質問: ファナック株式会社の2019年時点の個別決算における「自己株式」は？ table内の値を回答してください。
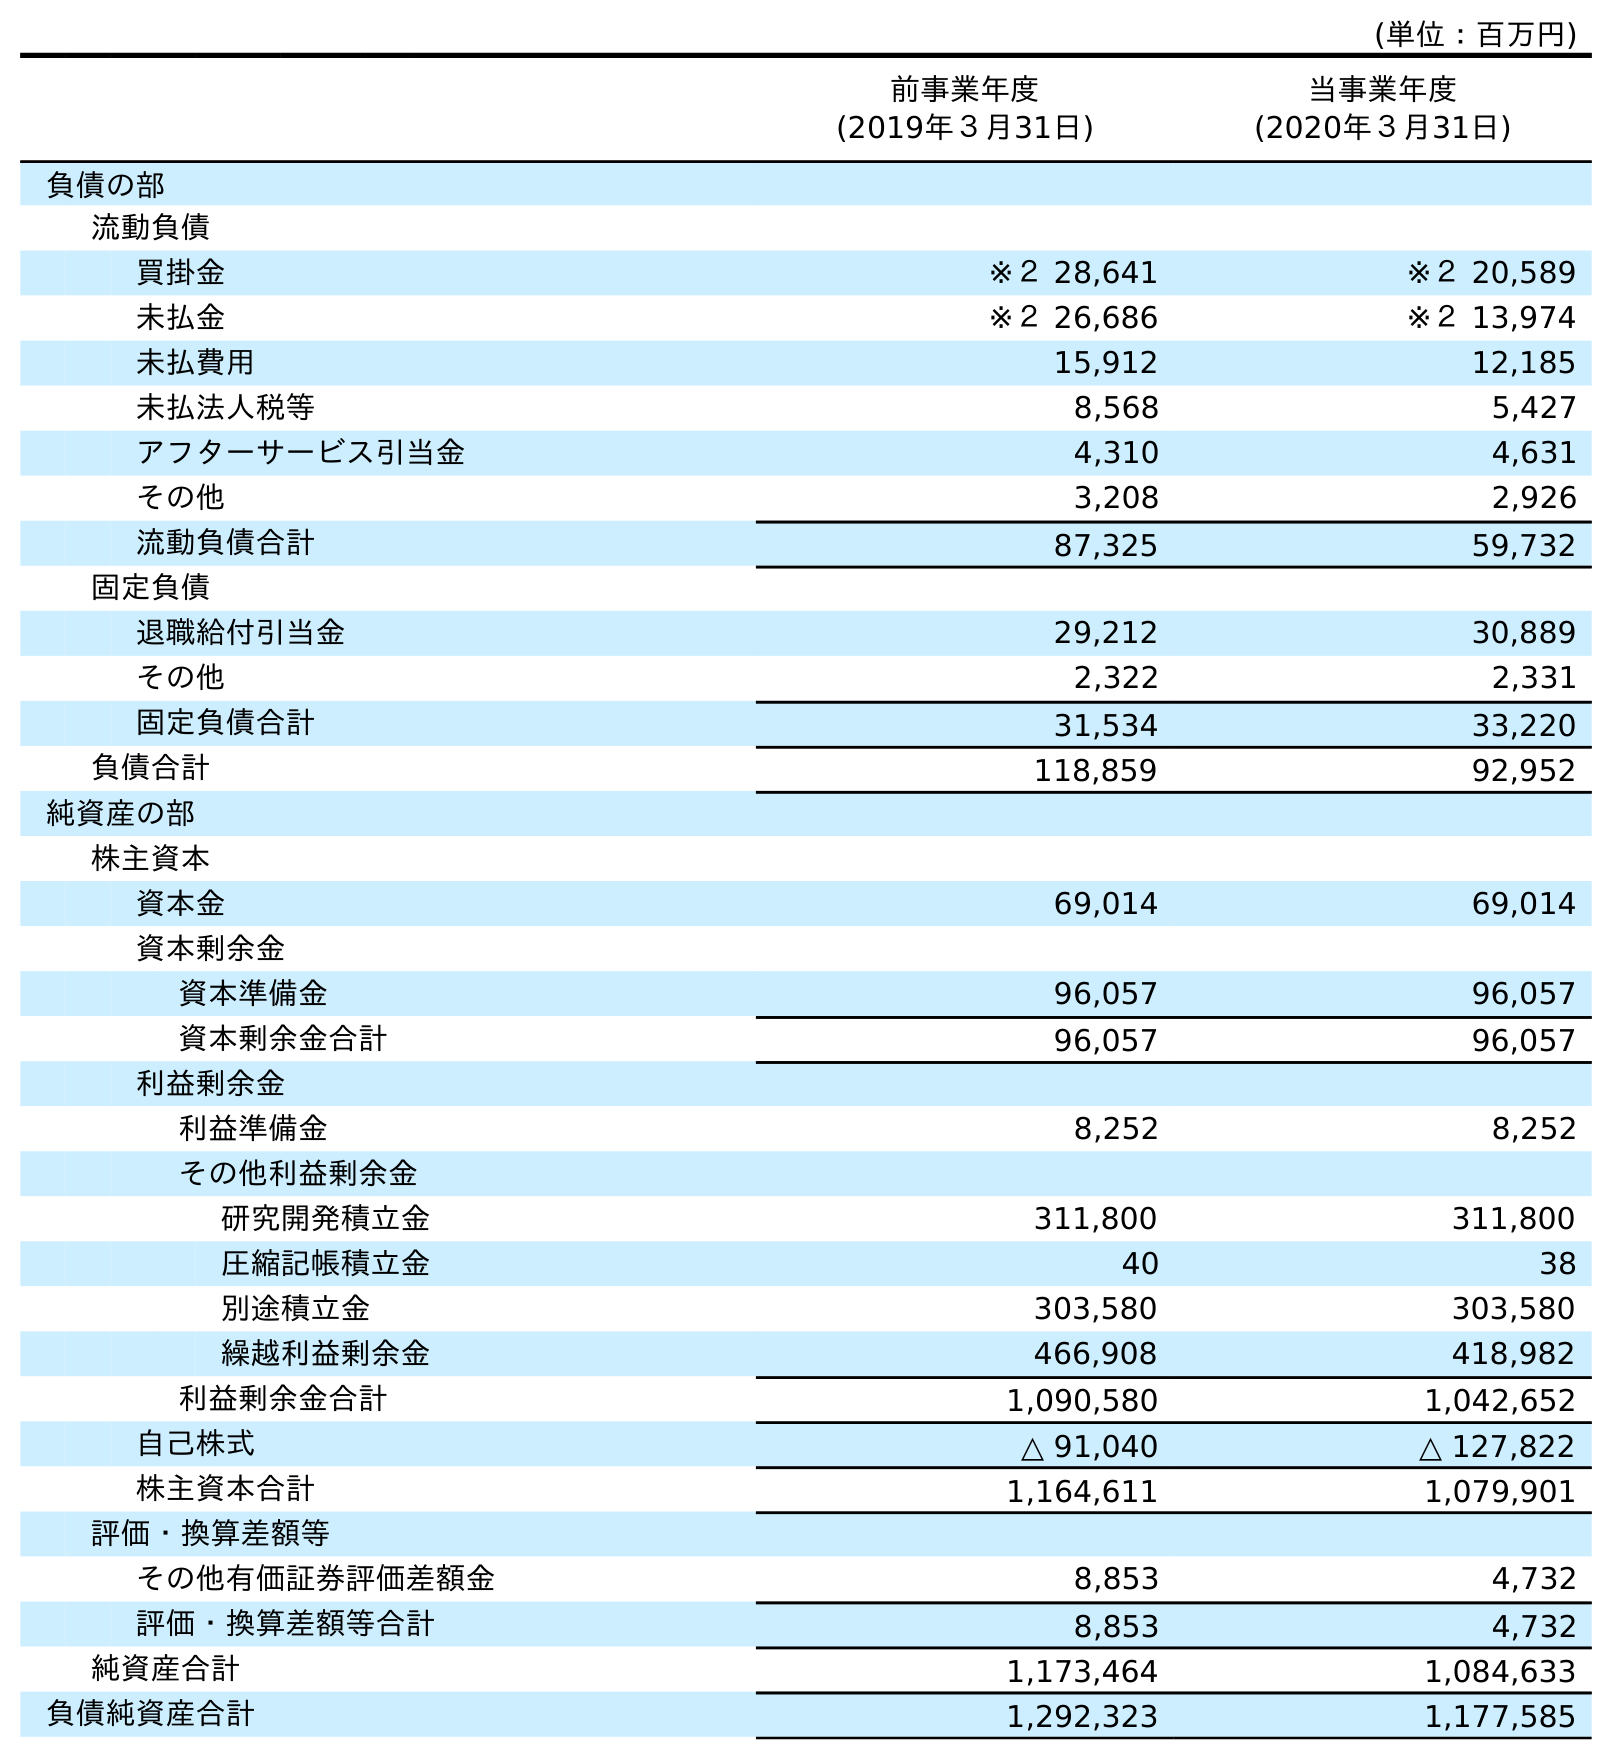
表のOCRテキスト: (単位：百万円) 前事業年度 (2019年３月31日) 当事業年度 (2020年３月31日) 負債の部 流動負債 買掛金 ※２ 28,641 ※２ 20,589 未払金 ※２ 26,686 ※２ 13,974 未払費用 15,912 12,185 未払法人税等 8,568 5,427 アフターサービス引当金 4,310 4,631 その他 3,208 2,926 流動負債合計 87,325 59,732 固定負債 退職給付引当金 29,212 30,889 その他 2,322 2,331 固定負債合計 31,534 33,220 負債合計 118,859 92,952 純資産の部 株主資本 資本金 69,014 69,014 資本剰余金 資本準備金 96,057 96,057 資本剰余金合計 96,057 96,057 利益剰余金 利益準備金 8,252 8,252 その他利益剰余金 研究開発積立金 311,800 311,800 圧縮記帳積立金 40 38 別途積立金 303,580 303,580 繰越利益剰余金 466,908 418,982 利益剰余金合計 1,090,580 1,042,652 自己株式 △ 91,040 △ 127,822 株主資本合計 1,164,611 1,079,901 評価・換算差額等 その他有価証券評価差額金 8,853 4,732 評価・換算差額等合計 8,853 4,732 純資産合計 1,173,464 1,084,633 負債純資産合計 1,292,323 1,177,585
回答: △91,040